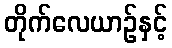
တိုက်လေယာဉ်နှင့်